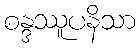
စန္ဒဿူပနိသာ